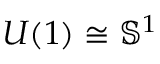
U ( 1 ) \cong { \mathbb S } ^ { 1 }